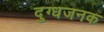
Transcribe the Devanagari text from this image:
दुग्धजनक